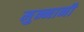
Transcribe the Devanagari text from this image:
मुन्नानी